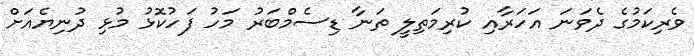
ވެރިކަމުގެ ދެވަނަ އަހަރާއި ކުރިމަތިލީ ތަނާ ޑިސެމްބަރު މަހު ފަހުކޮޅު މުޅި ދުނިޔެއަށް